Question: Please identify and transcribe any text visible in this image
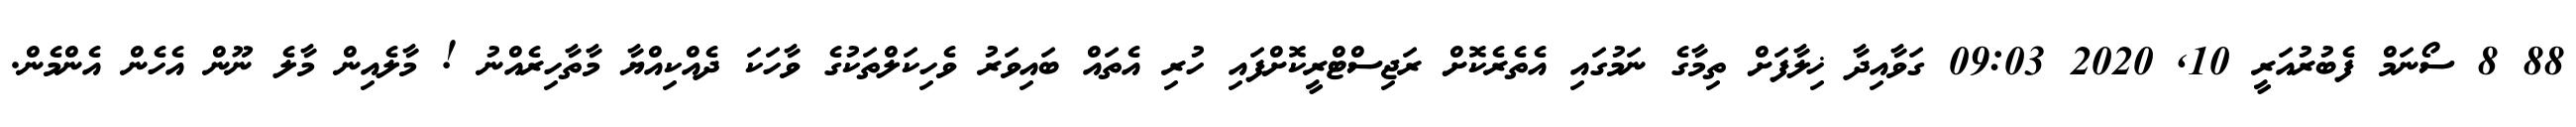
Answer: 88 8 ސޯނަމް ފެބުރުއަރީ 10, 2020 09:03 ގަވާއިދާ ޚިލާފަށް ތިމާގެ ނަމުގައި އެތެރެކޮށް ރަޖިސްޓްރީކޮށްފައި ހުރި އެތައް ބައިވަރު ވެހިކަލްތަކުގެ ވާހަކަ ދެއްކިއްޔާ މާތާހިރެއްނު ! މާލެއިން މާލެ ނޫން އެހެން އެންމެން.